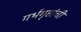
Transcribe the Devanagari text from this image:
गर्भगृहांची